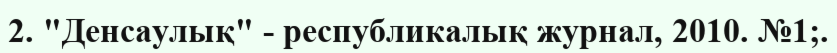
2. "Денсаулық" - республикалық журнал, 2010. №1;.